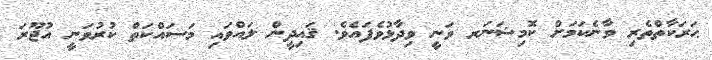
ޙަރަކާތްތެރި ވާނެކަމަށް ކޮމިޝަނަރ ވަނީ ވިދާޅުވެފައެވެ. ޤައިދީން ލައްވައި މަސައްކަތް ކުރުވަނީ އުޖޫރަ